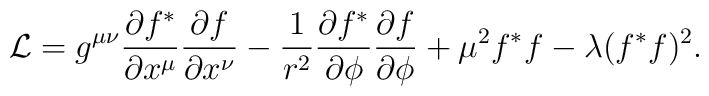
{\cal L} =	g^{\mu \nu} 	\frac{\partial f^*}{\partial x^\mu}	\frac{\partial f}{\partial x^\nu}	-	\frac{1}{r^2}	\frac{\partial f^*}{\partial \phi}	\frac{\partial f}{\partial \phi}	+	\mu^2 f^* f	-	\lambda (f^* f)^2.